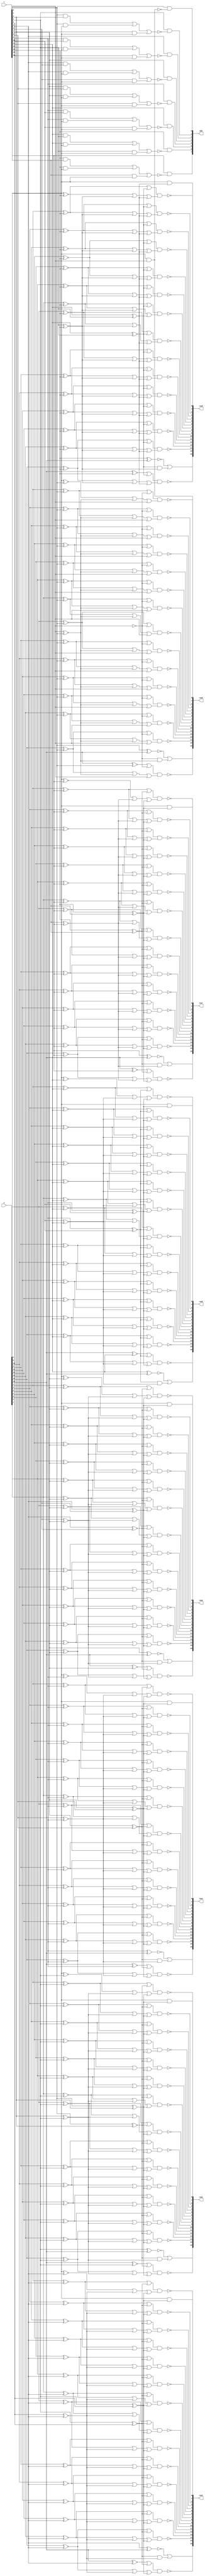
//`include "Booth_encoder.v"
//`include "Booth_decoder.v"
//`include "complement.v"
//`include "row_LSB.v"

module Booth_multiplier(X, Y, 
                        row0, row1, row2, row3, row4, row5, row6, row7,
                        add
			);

parameter BITWIDTH = 16;

input  [BITWIDTH-1:0]   X; // multiplicand 16 bit
input  [BITWIDTH-1:0]   Y; // multiplier   16 bit

output reg [BITWIDTH:0]     row0;
output reg [BITWIDTH:0]     row1;
output reg [BITWIDTH:0]     row2;
output reg [BITWIDTH:0]     row3;
output reg [BITWIDTH:0]     row4;
output reg [BITWIDTH:0]     row5;
output reg [BITWIDTH:0]     row6;
output reg [BITWIDTH:0]     row7;
output reg [BITWIDTH/2-1:0] add;
//output [2*BITWIDTH-1:0] product; // 32bit

//reg    [BITWIDTH-1:0] constant = 16'b1010_1010_1010_1011; // last row of partial product
//wire   [BITWIDTH:0]     x_add0; // add 0 to multiplicand 17 bit
reg   [BITWIDTH:0]     y_add0; // add 0 to multiplier 17 bit

reg   [BITWIDTH/2-1:0] neg; // 8 bit
reg   [BITWIDTH/2-1:0] x1;  // 8 bit
reg   [BITWIDTH/2-1:0] x2p; // 8 bit
reg   [BITWIDTH/2-1:0] zp;  // 8 bit
//wire   [BITWIDTH/2-1:0] add; // 8 bit

reg   row [BITWIDTH/2-1:0][BITWIDTH:0]; // one row of partial product 17bit
reg   [BITWIDTH:0] pp [0:BITWIDTH/2-1]; //8 row, 17bit



integer i, j, k;
always @(*) begin
	// add zero to Y lsb
	y_add0 = {Y, 1'b0};
	
	// booth encoding
	for(i=0; i<BITWIDTH/2; i=i+1) begin : Booth_Encoder_Loop
		neg[i] = y_add0[2*i+2];
		x1[i]  =y_add0[2*i] ~^ y_add0[2*i+1];
		zp[i] = y_add0[2*i+1] ~^ y_add0[2*i+2];
		x2p[i] = y_add0[2*i] ^ y_add0[2*i+1];
	end


	// booth decoding
	for(j=0; j<BITWIDTH/2; j=j+1) begin: Booth_Decoder_Row
		//decoding row lsb
		row[j][0] = X[0] & (y_add0[2*j] ^ y_add0[2*j+1]);
		
		//decoding add bit
		add[j] = y_add0[2*j+2] & ~((y_add0[2*j]&y_add0[2*j+1]) | (y_add0[2*j]&X[0]) | (y_add0[2*j+1]&X[0]));
		
		// produce sign bit in row
		row[j][BITWIDTH] = ~(neg[j]^X[BITWIDTH-1]) | (x1[j]&zp[j]); //importance!!  MSB of pp row
		
		// produce partial product
		for(k=1; k<BITWIDTH; k=k+1) begin : Booth_Decoder_Bit
			row[j][k] = ~(((X[k]~^neg[j]) | x1[j]) & ((X[k-1]~^neg[j]) | zp[j] | x2p[j]));
		end
		
		// assign one row of pp
		pp[j] = {
			row[j][16],row[j][15],row[j][14],row[j][13],row[j][12],row[j][11],
			row[j][10],row[j][9],row[j][8],row[j][7],row[j][6],row[j][5],row[j][4],row[j][3],row[j][2],row[j][1],row[j][0]
		};
	end

	// assign partial product array to row in each
	row0 = pp[0];
	row1 = pp[1];
	row2 = pp[2];
	row3 = pp[3];
	row4 = pp[4];
	row5 = pp[5];
	row6 = pp[6];
	row7 = pp[7];
end

endmodule